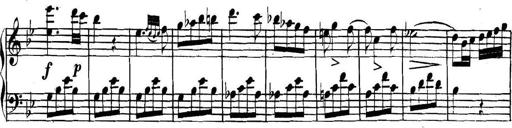
Title: Collected Piano Sonatas
Composer: Muzio Clementi